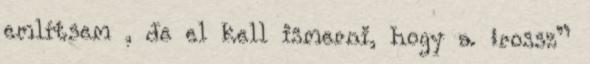
említsem , de el kell ismerni, hogy a „rossz”